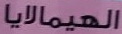
الهيمالايا